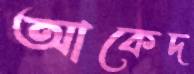
আকেদ